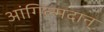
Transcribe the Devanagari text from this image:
आंगिल्मदान्